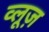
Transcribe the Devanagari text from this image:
व्लूज़